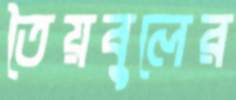
তৈয়বুলের